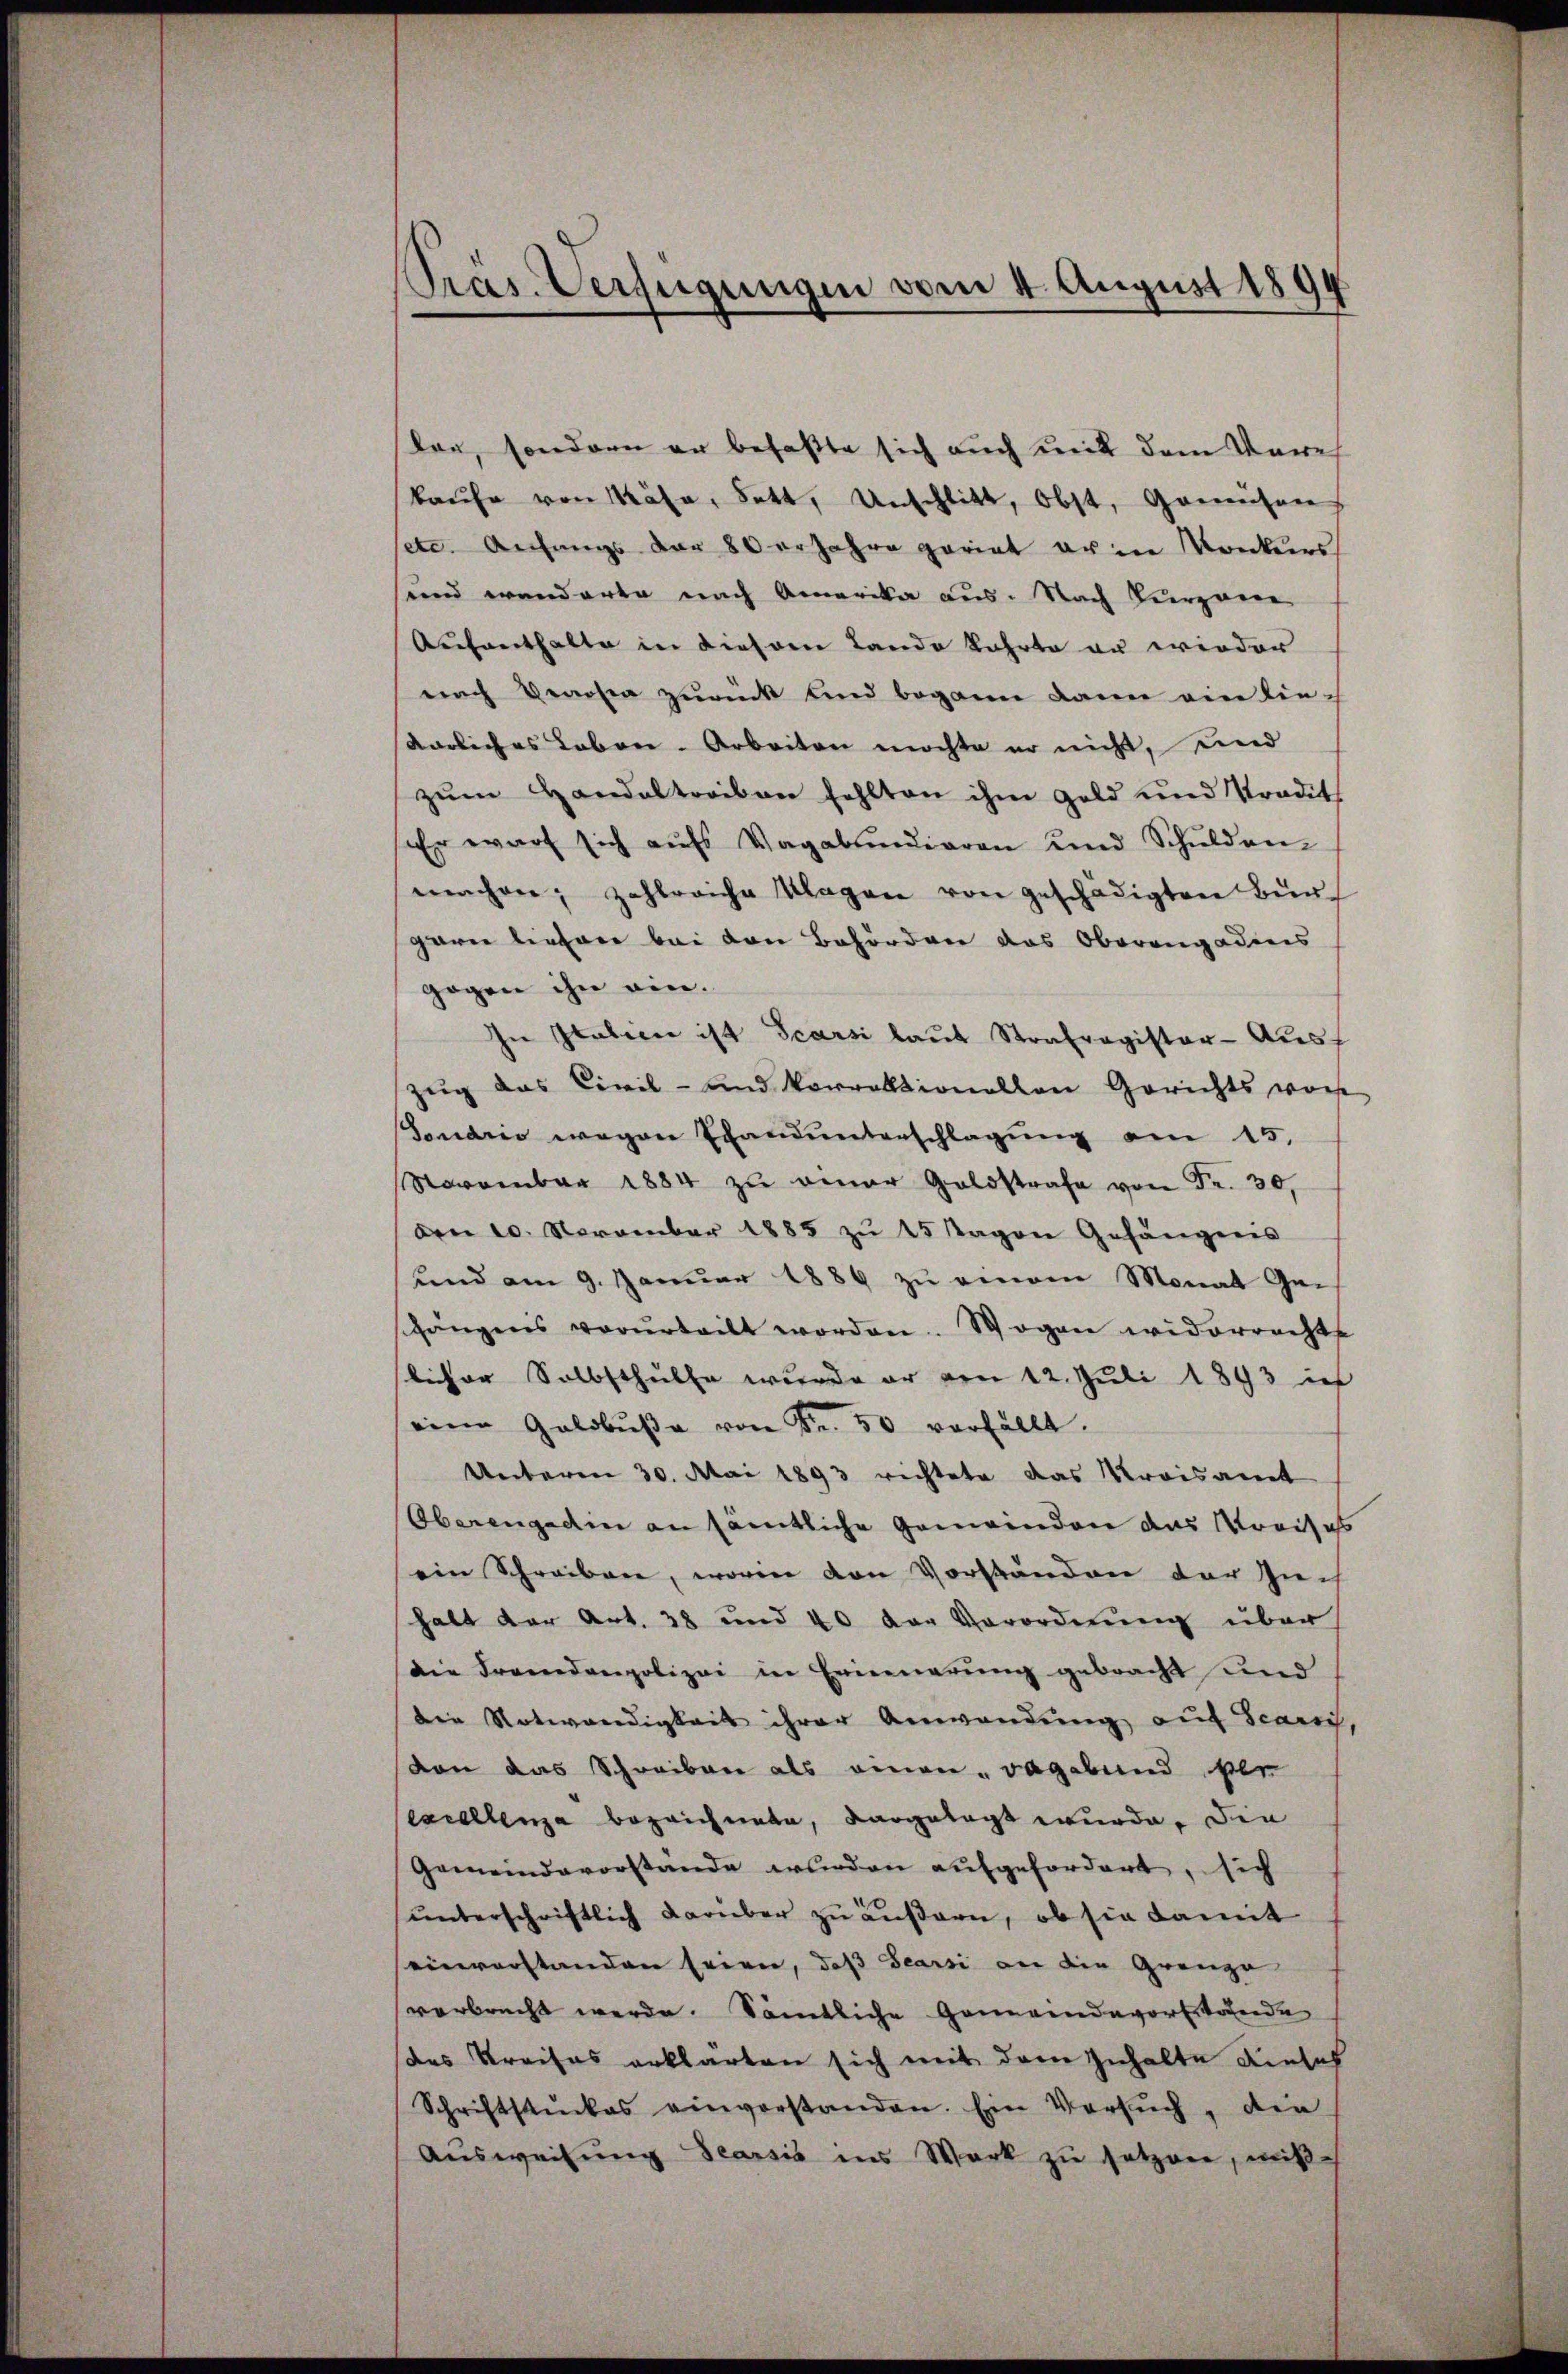
Pras. Verfügungen vom 4. August 1894

lon, sondern er befaßte sich auch mit dem Vereh
kaŭfe von Käse, Bett, Unschlitt, Obst, Gemüsen
setc. Anfangs der 80erjahre pariat er in Konkurs
sunnd wanderte nach Amerika aus. Nach kurzene
Aufenthalte in diesen Lando kehrte er wieder
nach Verosen zurück und begann dann ein lie-
darliches Lebene-Arbeiten möchte er nicht, und
zŭm Handaltreiben fehlten ihm Geld und Stradit
Er wart sich aufs Vagabundiaren und Schŭldan-
machen, zahlreiche Klagen von geschädigten Bürgaren liefere bei den Behörden das Oberangadins
gogen ihn ein.
In Italien ist Scarsi laut Strafregister - Aus
zug das Civil- und Vorrektionellen Gerichts vor
Tonario wegen Examunterschlagung am 15.
November 1884 zŭ einer Goldstrafe von Fr. 30.
Den 10. November 1885 zu 25 sagen Gefängens
und am 9. Januar 1889 zu einem Monat Ge-
shängens vorurteilt worden. Wogen widerrechte
licher Selbsthülfe wurde er von 12. Juli 1843 in
eine Geldbŭβe von Fr. 50 verfällt.
Unteren 30. Mai 1893 richtete das Kreisamt
Oberengadin an sämtliche Gemeinden das Kreises
ein Schreiben, worin von Vorständen der Zuch
halt der Art. 38 und 40 der Verordnung über
die Fremdenpolizei in Erinnerung gebracht und
die Notwendigkeit ihrer Anwendung auf Scarii,
von das Schreiben als einen „vagebund ber
excellenza bezeichnete, dargelegt wurde. Die
Gemeindevorstände wurden aufgefordert, sich
unterschriftlich darüber zu äußern, ob sie damit
einverstanden seien, daß Searsi an die Grenze
verbrecht werde. Sämtliche Gemeindevorstande
des Kreises erklärten sich mit dem Inhalte dieses
Schriftstückes einverstanden. Ein Versŭch, die
Aŭsweisŭng Searsis ins Werk zŭ setzen, miß-